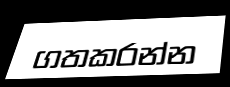
ගතකරන්න